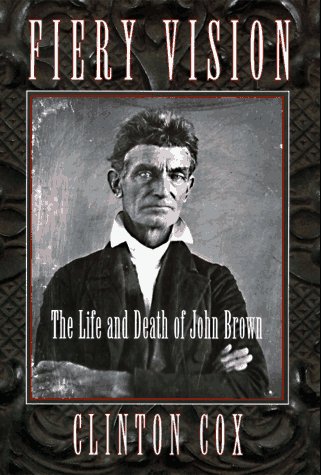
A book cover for Fiery Vision: The Life and Death of John Brown; Clinton Cox; Teen & Young Adult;